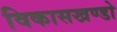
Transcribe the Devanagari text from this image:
विकासखण्डो